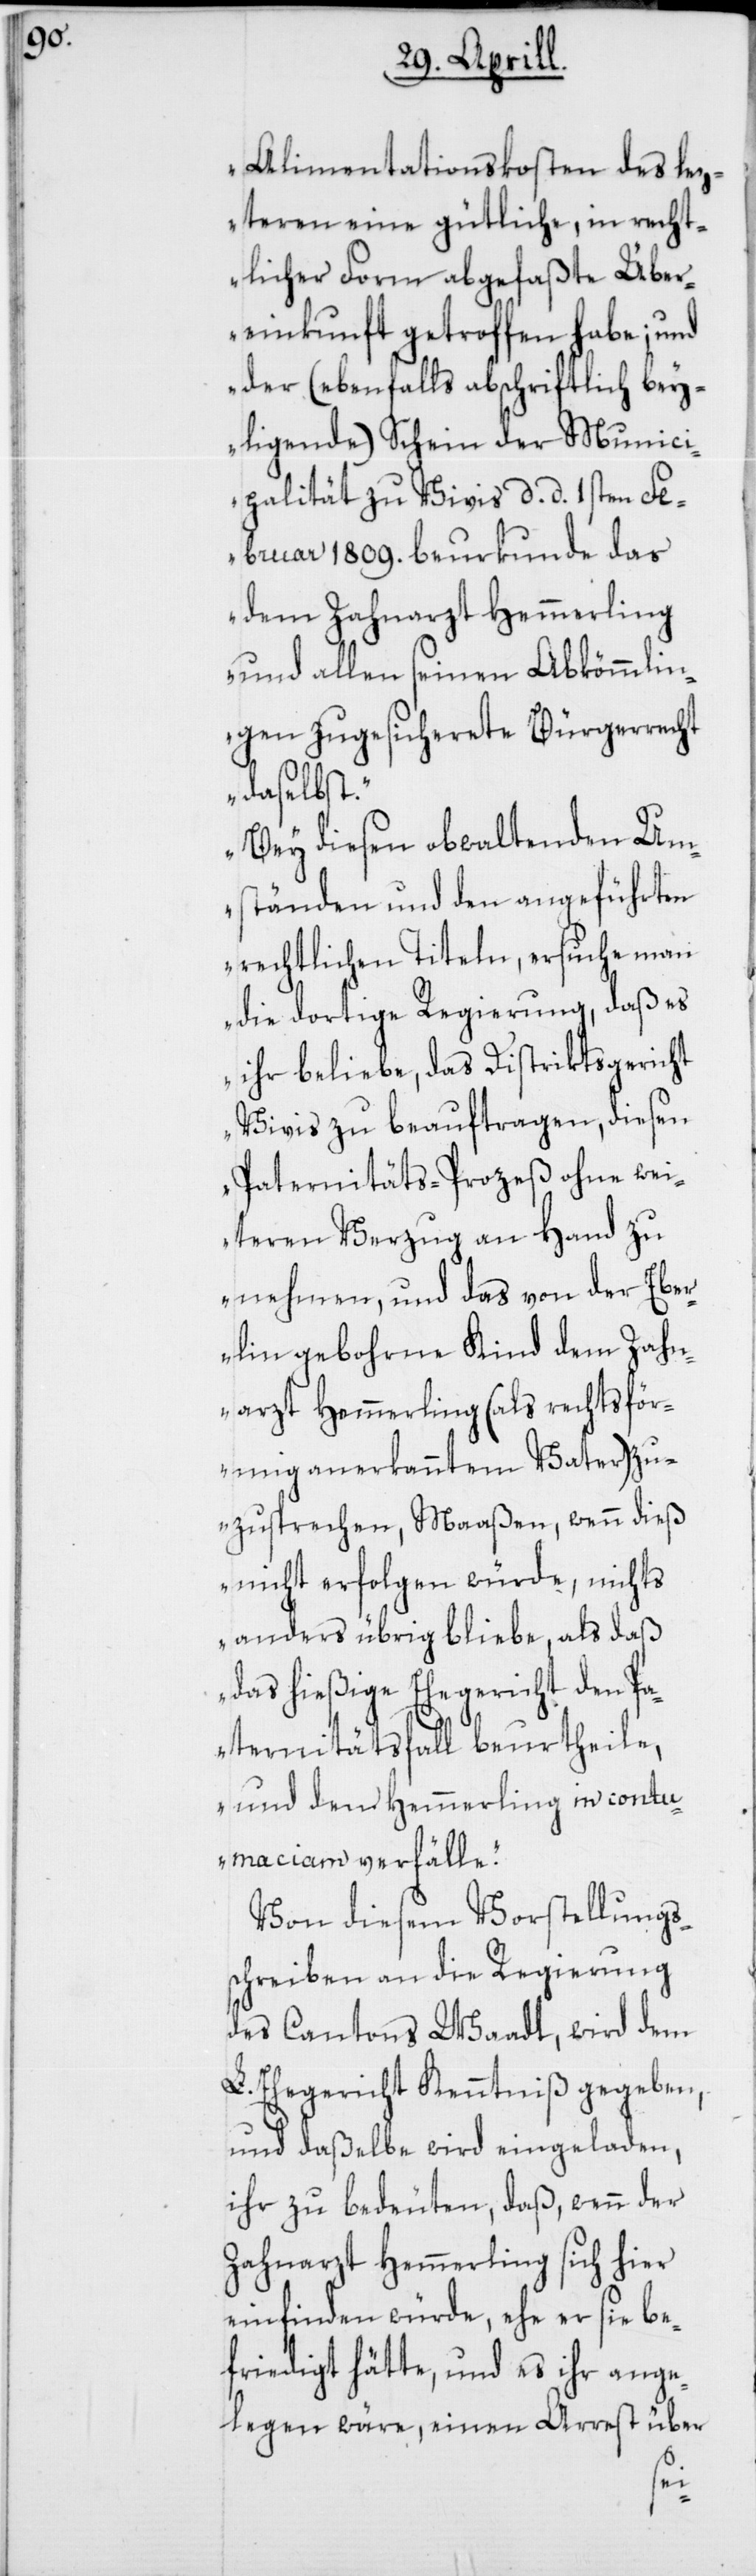
Alimentationskosten des lez¬
teren eine gütliche, in recht¬
licher Form abgefaßte Über¬
einkunft getroffen habe; und
der (ebenfalls abschriftlich bey¬
ligende) Schein der Munici¬
palität zu Vivis d. d. 1sten Fe¬
bruar 1809. beurkunde das
dem Zahnarzt Hemmerling
und allen seinen Abkömmlin¬
gen zugesicherete Bürgerrecht
daselbst.
Bey diesen obwaltenden Um¬
ständen und den angeführten
rechtlichen Titeln, ersuche man
die dortige Regierung, daß es
ihr beliebe, das Distriktsgericht
Vivis zu beauftragen, diesen
Paternitäts-Prozeß ohne wei¬
teren Verzug an Hand zu
nehmen, und das von der Eber¬
lin gebohrne Kind dem Zah¬
narzt Hemmerling (als rechtsför¬
mig anerkanntem Vater) zu¬
zuspechen, Maßen, wenn dieß
nicht erfolgen würde, nichts
anders übrig bliebe, als daß
das hießige Ehegericht den Pa¬
ternitätsfall beurtheile,
und den Hemmerling in contu¬
maciam verfälle.“
Von diesem Vorstellungs¬
schreiben an die Regierung
des Cantons Waadt, wird dem
L. Ehegericht Kenntniß gegeben,
und daßelbe wird eingeladen,
ihr zu bedeuten, daß, wenn der
Zahnarzt Hemmerling sich hier
einfinden würde, ehe er sie be¬
friedigt hätte, und es ihr ange¬
legen wäre, einen Arrest über